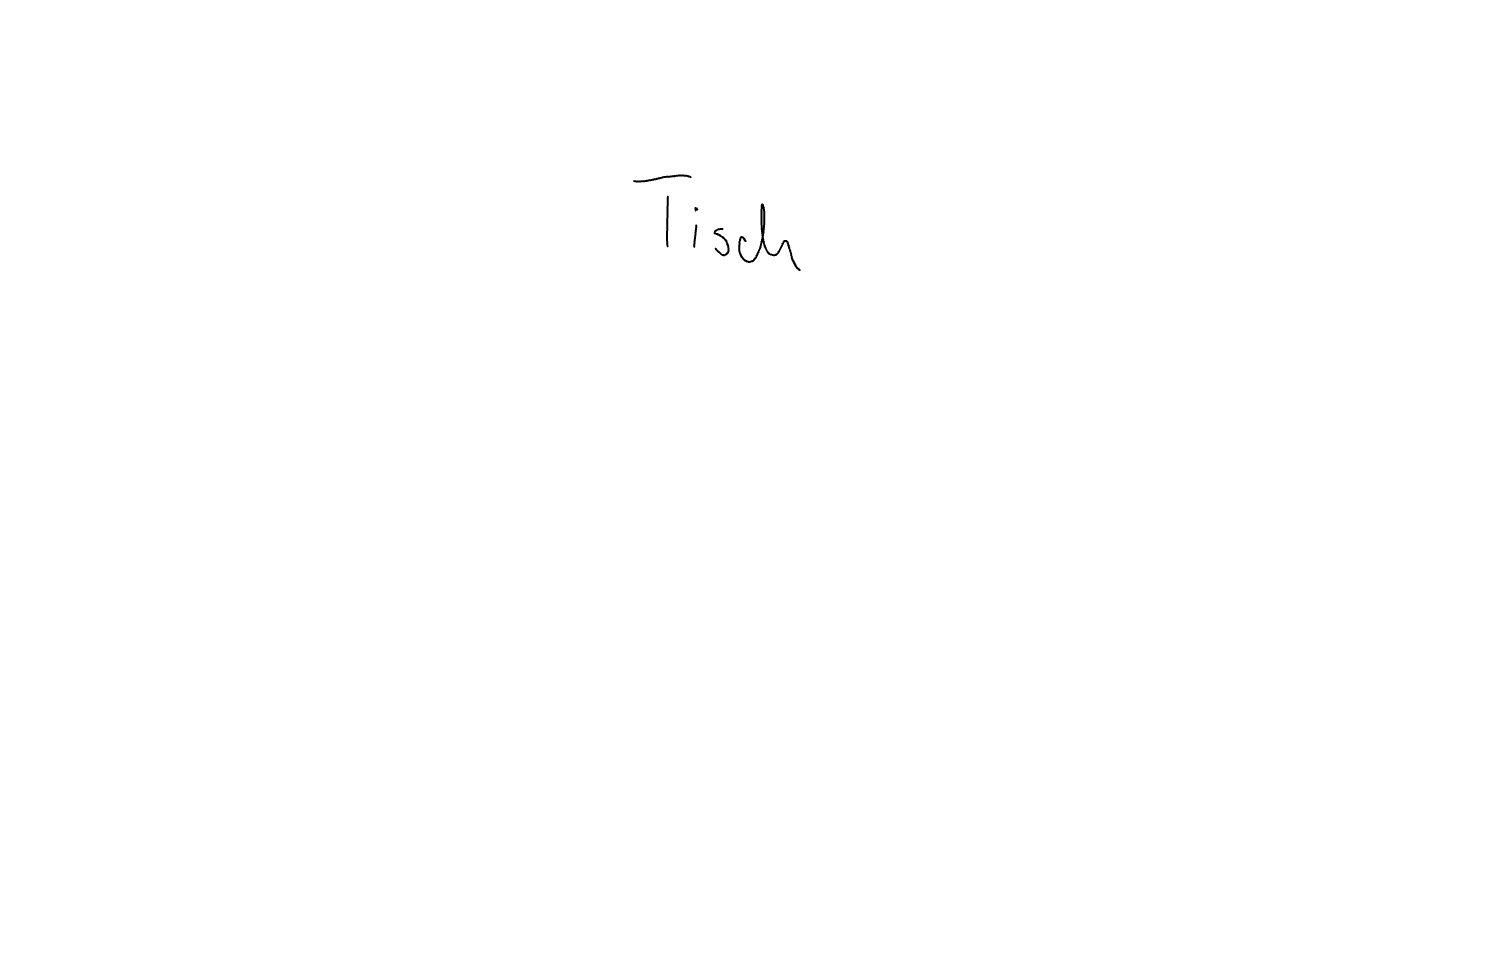
Text: Tisch